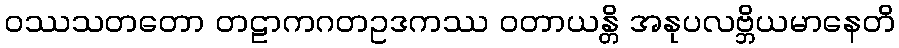
ဝဿသတတော တဠာကဂတဥဒကဿ ဝတာယန္တိ အနုပလဗ္ဘိယမာနေတိ